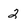
Character: 2